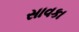
સાવકા